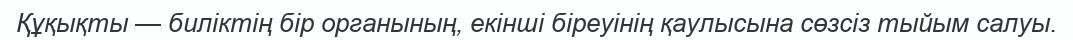
Құқықты — биліктің бір органының, екінші біреуінің қаулысына сөзсіз тыйым салуы.